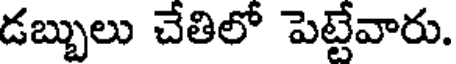
డబ్బులు చేతిలో పెట్టేవారు.